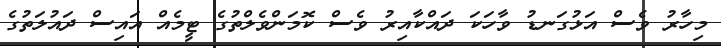
މިހާރު ވެސް އަޅުގަނޑު ވާހަކަ ދައްކާއިރު ވެސް ކޮމަންވެލްތުގެ ޓީމެއް އައިސް ދައުލަތުގެ